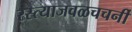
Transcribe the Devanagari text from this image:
रस्त्याजवळचचर्नी